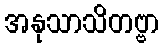
အနုသာသိတဗ္ဗာ